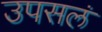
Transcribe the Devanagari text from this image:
उपसलं